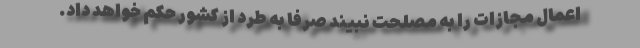
اعمال مجازات را به مصلحت نبیند صرفا به طرد از کشور حکم خواهد داد.